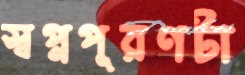
স্বপ্নপূরণটা